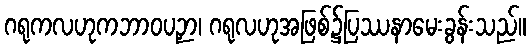
ဂရုကလဟုကဘာဝပဉှာ၊ ဂရုလဟုအဖြစ်၌ပြဿနာမေးခွန်းသည်။